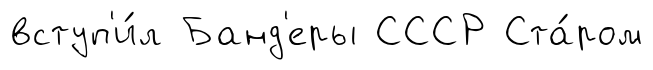
вступ'и́л Банд'еры СССР Ста́ром